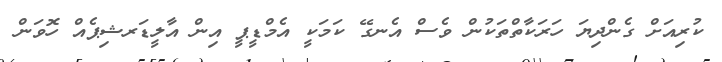
ކުރިއަށް ގެންދިޔަ ހަރަކާތްތަކުން ވެސް އެނގޭ ކަމަކީ އެމްޑީޕީ އިން އާލީޑަރޝިޕެއް ހޮވަން